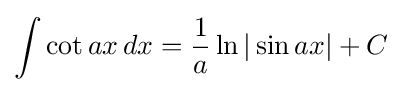
\int \cot ax\,dx={\frac {1}{a}}\ln |\sin ax|+C